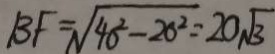
B F = \sqrt { 4 0 ^ { 2 } - 2 0 ^ { 2 } } = 2 0 \sqrt { 3 }